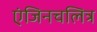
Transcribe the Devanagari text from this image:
एंजिनचलित्र